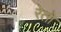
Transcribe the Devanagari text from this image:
रेतो